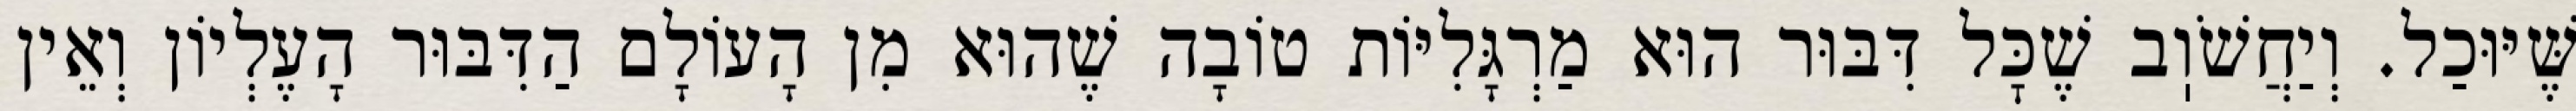
שֶּׁיּוּכַל. וְיַחֲשֹׁוֽב שֶׁכׇּל דִּבּוּר הוּא מַרְגָּלִיּוֹת טוֹבָה שֶׁהוּא מִן הָעוֹלָם הַדִּבּוּר הָעֶלְיוֹן וְאֵין